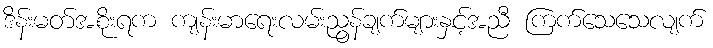
ဒိန်းမတ်အစိုးရက ကျန်းမာရေးလမ်းညွန်ချက်များနှင့်အညီ ကြက်သေသေလျက်